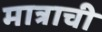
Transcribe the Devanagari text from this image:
मात्राची